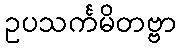
ဥပသင်္ကမိတဗ္ဗာ